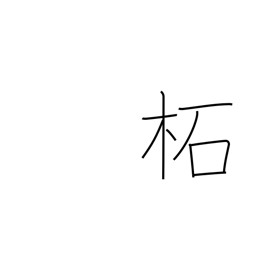
Meaning: wild mulberry